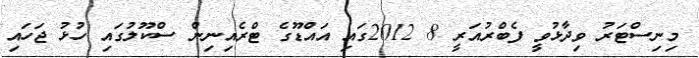
މިނިސްޓަރު ވިދާޅުވީ ފެބްރުއަރީ 8 2012ގައި އައްޑޫގެ ޓްރެއިނިން ސްކޫލުގައި ހުޅު ޖަހައި